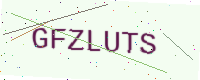
Text: GFZLUTS